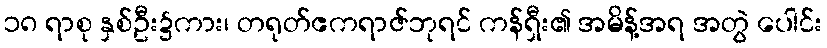
၁၈ ရာစု နှစ်ဦး၌ကား၊ တရုတ်ဧကရာဇ်ဘုရင် ကန်ရှီး၏ အမိန့်အရ အတွဲ ပေါင်း